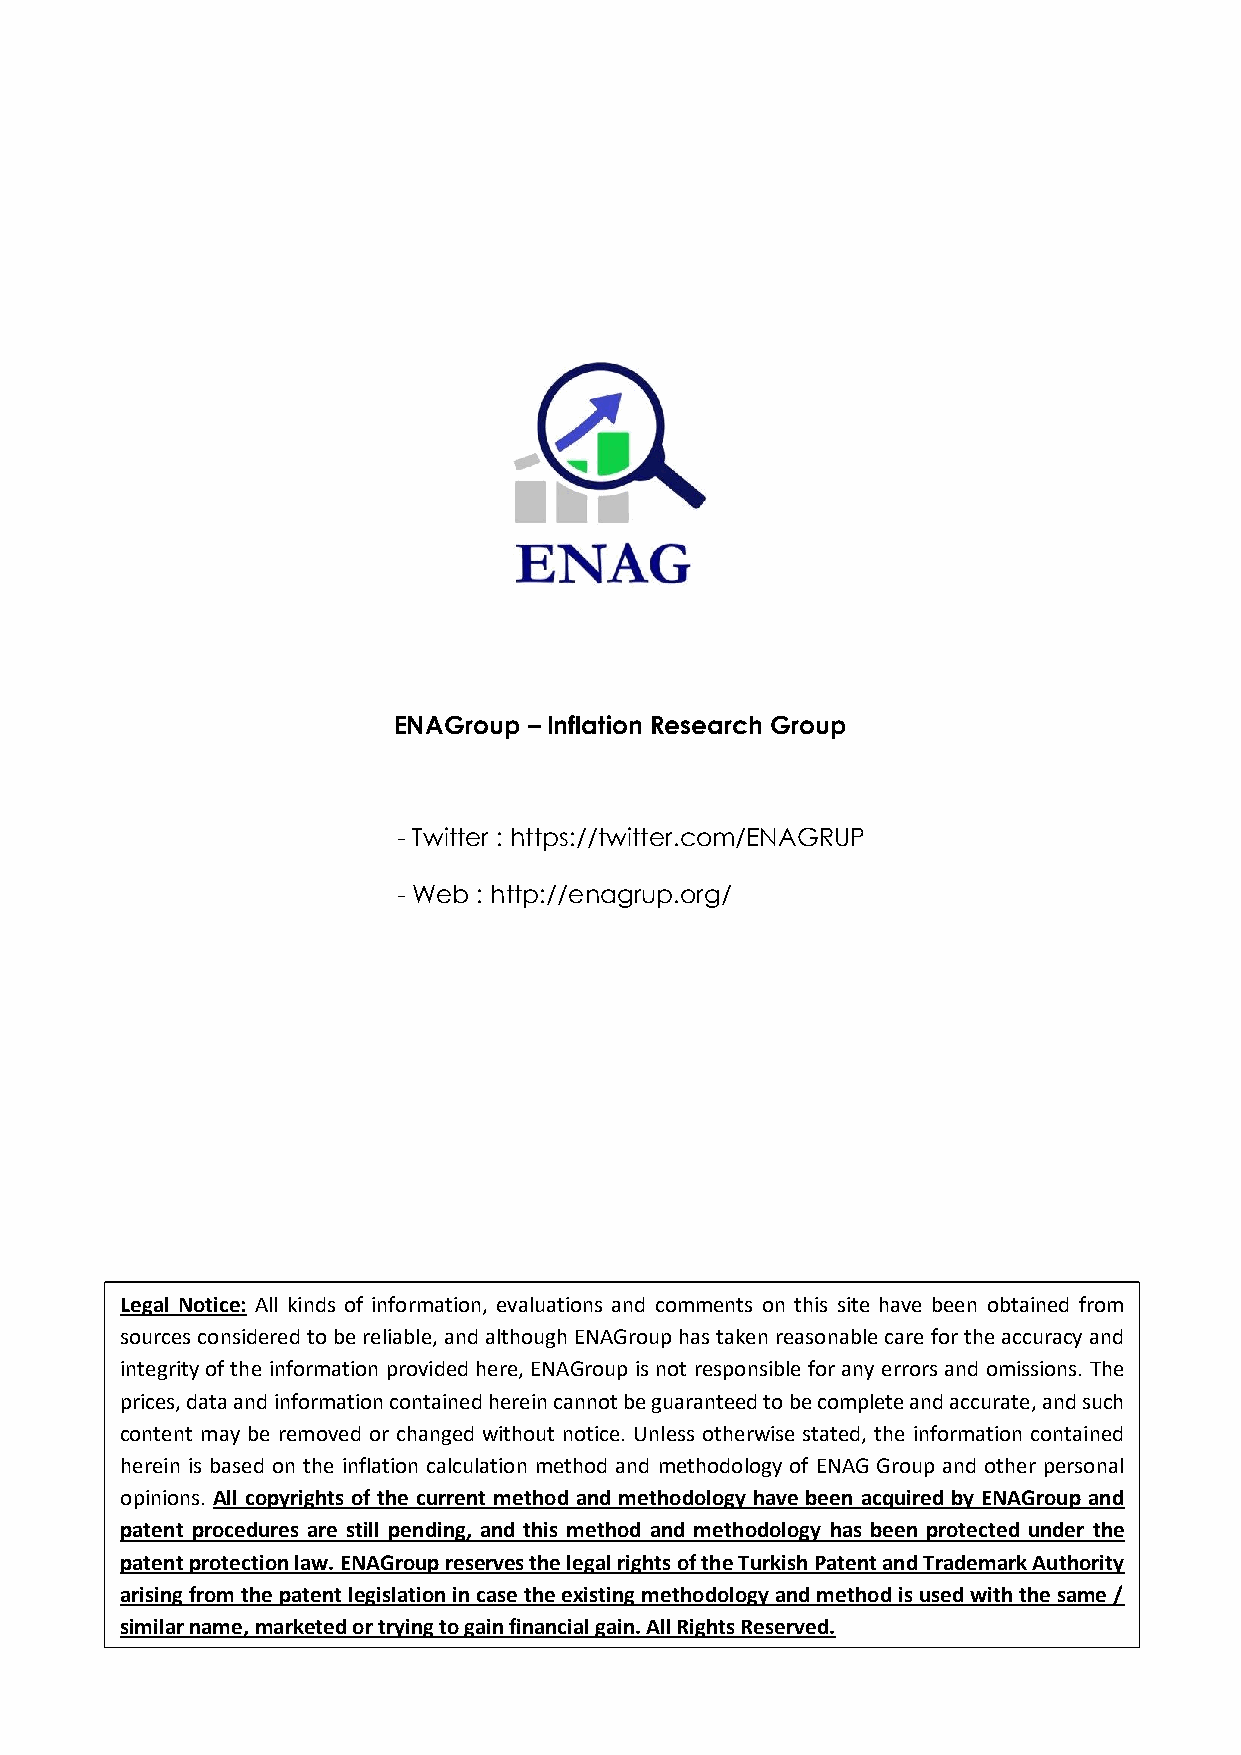
ENAGroup – Inflation Research Group
 - Twitter : https://twitter.com/ENAGRUP
 - Web : http://enagrup.org/
 Legal Notice: All kinds of information, evaluations and comments on this site have been obtained from
 sources considered to be reliable, and although ENAGroup has taken reasonable care for the accuracy and
 integrity of the information provided here, ENAGroup is not responsible for any errors and omissions. The
 prices, data and information contained herein cannot be guaranteed to be complete and accurate, and such
 content may be removed or changed without notice. Unless otherwise stated, the information contained
 herein is based on the inflation calculation method and methodology of ENAG Group and other personal
 opinions. All copyrights of the current method and methodology have been acquired by ENAGroup and
 patent procedures are still pending, and this method and methodology has been protected under the
 patent protection law. ENAGroup reserves the legal rights of the Turkish Patent and Trademark Authority
 arising from the patent legislation in case the existing methodology and method is used with the same /
 similar name, marketed or trying to gain financial gain. All Rights Reserved.